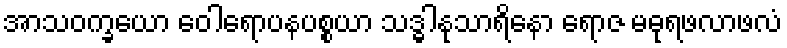
အာသဝက္ခယော ဝေါရောပနပစ္စယာ သဒ္ဓါနုသာရိနော ရောဇ မဓုရဖလာဖလံ